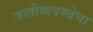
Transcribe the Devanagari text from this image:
जातीव्यवस्थेचा